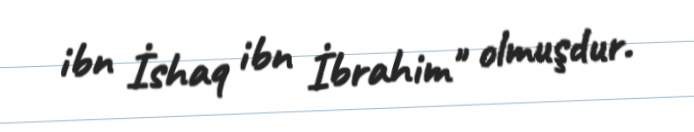
ibn İshaq ibn İbrahim" olmuşdur.